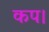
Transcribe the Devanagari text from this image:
कप।